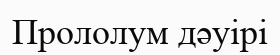
Прололум дәуірі